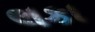
લકા